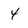
Character: 4